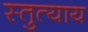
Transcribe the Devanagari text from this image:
स्तुत्याय